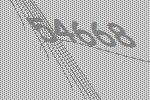
54668